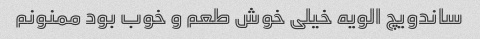
ساندویچ الویه خیلی خوش طعم و خوب بود ممنونم